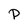
Character: P